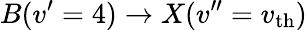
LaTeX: B(v^{\prime}=4)\rightarrow X(v^{\prime\prime}=v_{\mathrm{th}})